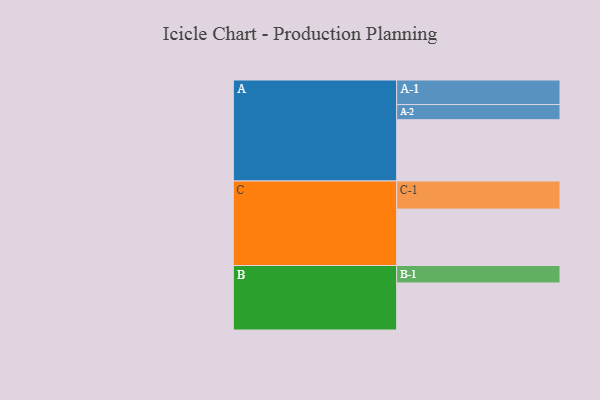
{"axis": {"x": "Segment", "y": "Value"}, "legend": ["", "A", "B", "C"], "data": [{"x": "A", "y": 537, "type": ""}, {"x": "B", "y": 412, "type": ""}, {"x": "C", "y": 494, "type": ""}, {"x": "A-1", "y": 215, "type": "A"}, {"x": "A-2", "y": 133, "type": "A"}, {"x": "B-1", "y": 153, "type": "B"}, {"x": "C-1", "y": 246, "type": "C"}]}